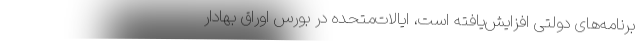
برنامه‌های دولتی افزایش‌یافته است، ایالات‌متحده در بورس اوراق بهادار